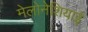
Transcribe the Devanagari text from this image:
मेलोनेशियाई